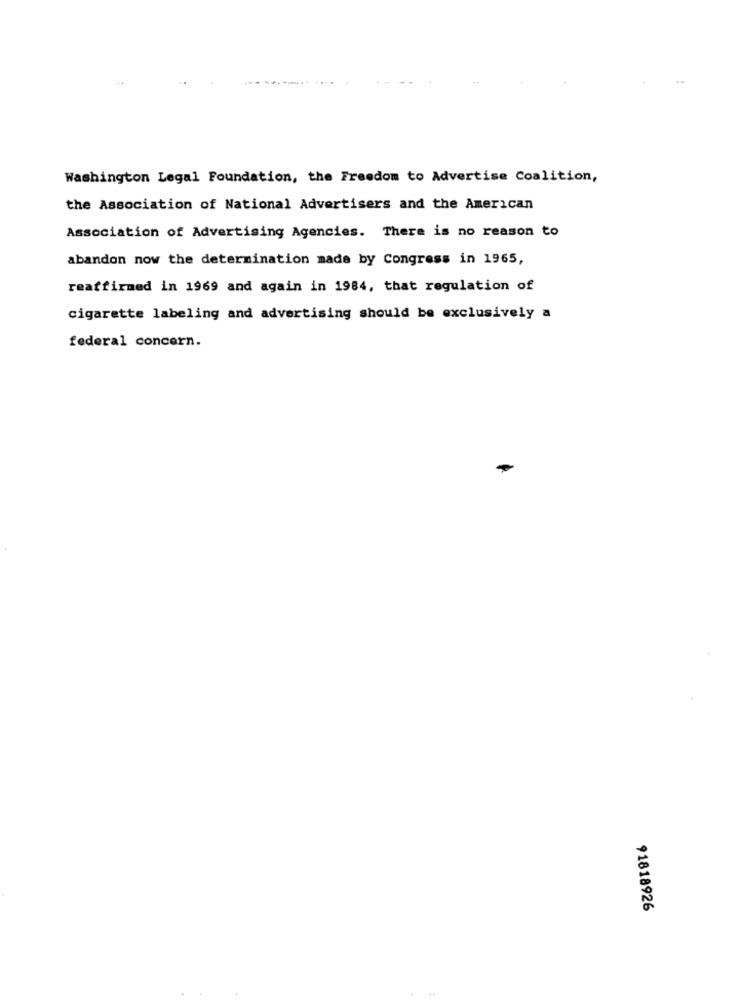
Washington Legal Foundation, the Freedom to Advertise Coalition,
the Association of National Advertisers and the American
Association of Advertising Agencies. There is no reason to
abandon now the determination made by Congress in 1965,
reaffirmed in 1969 and again in 1984, that regulation of
cigarette labeling and advertising should be exclusively a
federal concern.
91818926